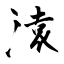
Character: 溒